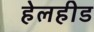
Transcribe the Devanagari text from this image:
हेलहीड